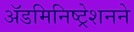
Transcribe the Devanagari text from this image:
ॲडमिनिष्ट्रेशनने